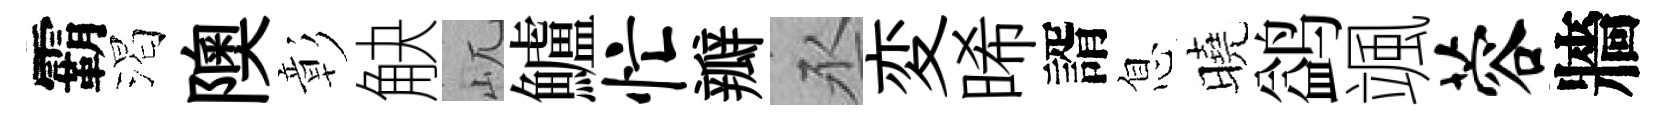
霸渴隩彰觖屼鱸忙瓣丞変晞諝息曉鹢颯蓉牆